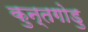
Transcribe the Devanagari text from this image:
कुन्तगोडु